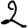
Digit: 2